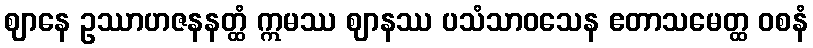
ဈာနေ ဥဿာဟဇနနတ္ထံ ဣမဿ ဈာနဿ ပသံသာဝသေန ဧတာသမေတ္ထ ဝစနံ